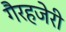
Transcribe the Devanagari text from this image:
गैरहजेरी